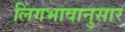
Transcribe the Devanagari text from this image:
लिंगभावानुसार